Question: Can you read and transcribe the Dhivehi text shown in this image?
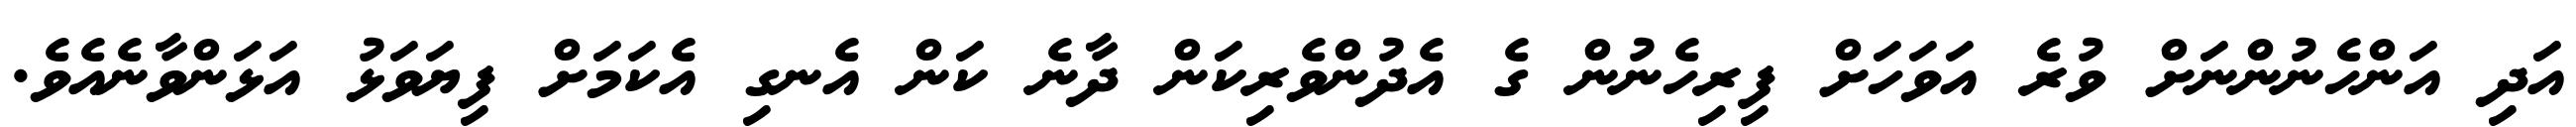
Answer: އަދި އަންހެނުންނަށް ވުރެ އަވަހަށް ފިރިހެނުން ގެ އެދުންވެރިކަން ދާނެ ކަން އެނގި އެކަމަށް ފިޔަވަޅު އަޅަންވާނެއެވެ.